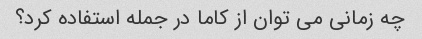
چه زمانی می توان از کاما در جمله استفاده کرد؟